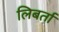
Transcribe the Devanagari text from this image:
लिबर्ता